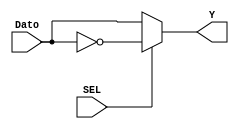
`timescale 1ns / 1ps
//////////////////////////////////////////////////////////////////////////////////
// Company: 
// Engineer: 
// 
// Design Name: 
// Module Name: MOD_Mux_2a1_REST
// Project Name: 
// Target Devices: 
// Tool Versions: 
// Description: 
// 
// Dependencies: 
// 
// Revision:
// Revision 0.01 - File Created
// Additional Comments:
// 
//////////////////////////////////////////////////////////////////////////////////


module MOD_Mux_2a1_REST(
    input SEL,
    input [5:0] Dato,
    output [5:0] Y
    );
    
    assign Y = SEL ? ~Dato : Dato; //Niega los bits si SEL = 1
    
endmodule